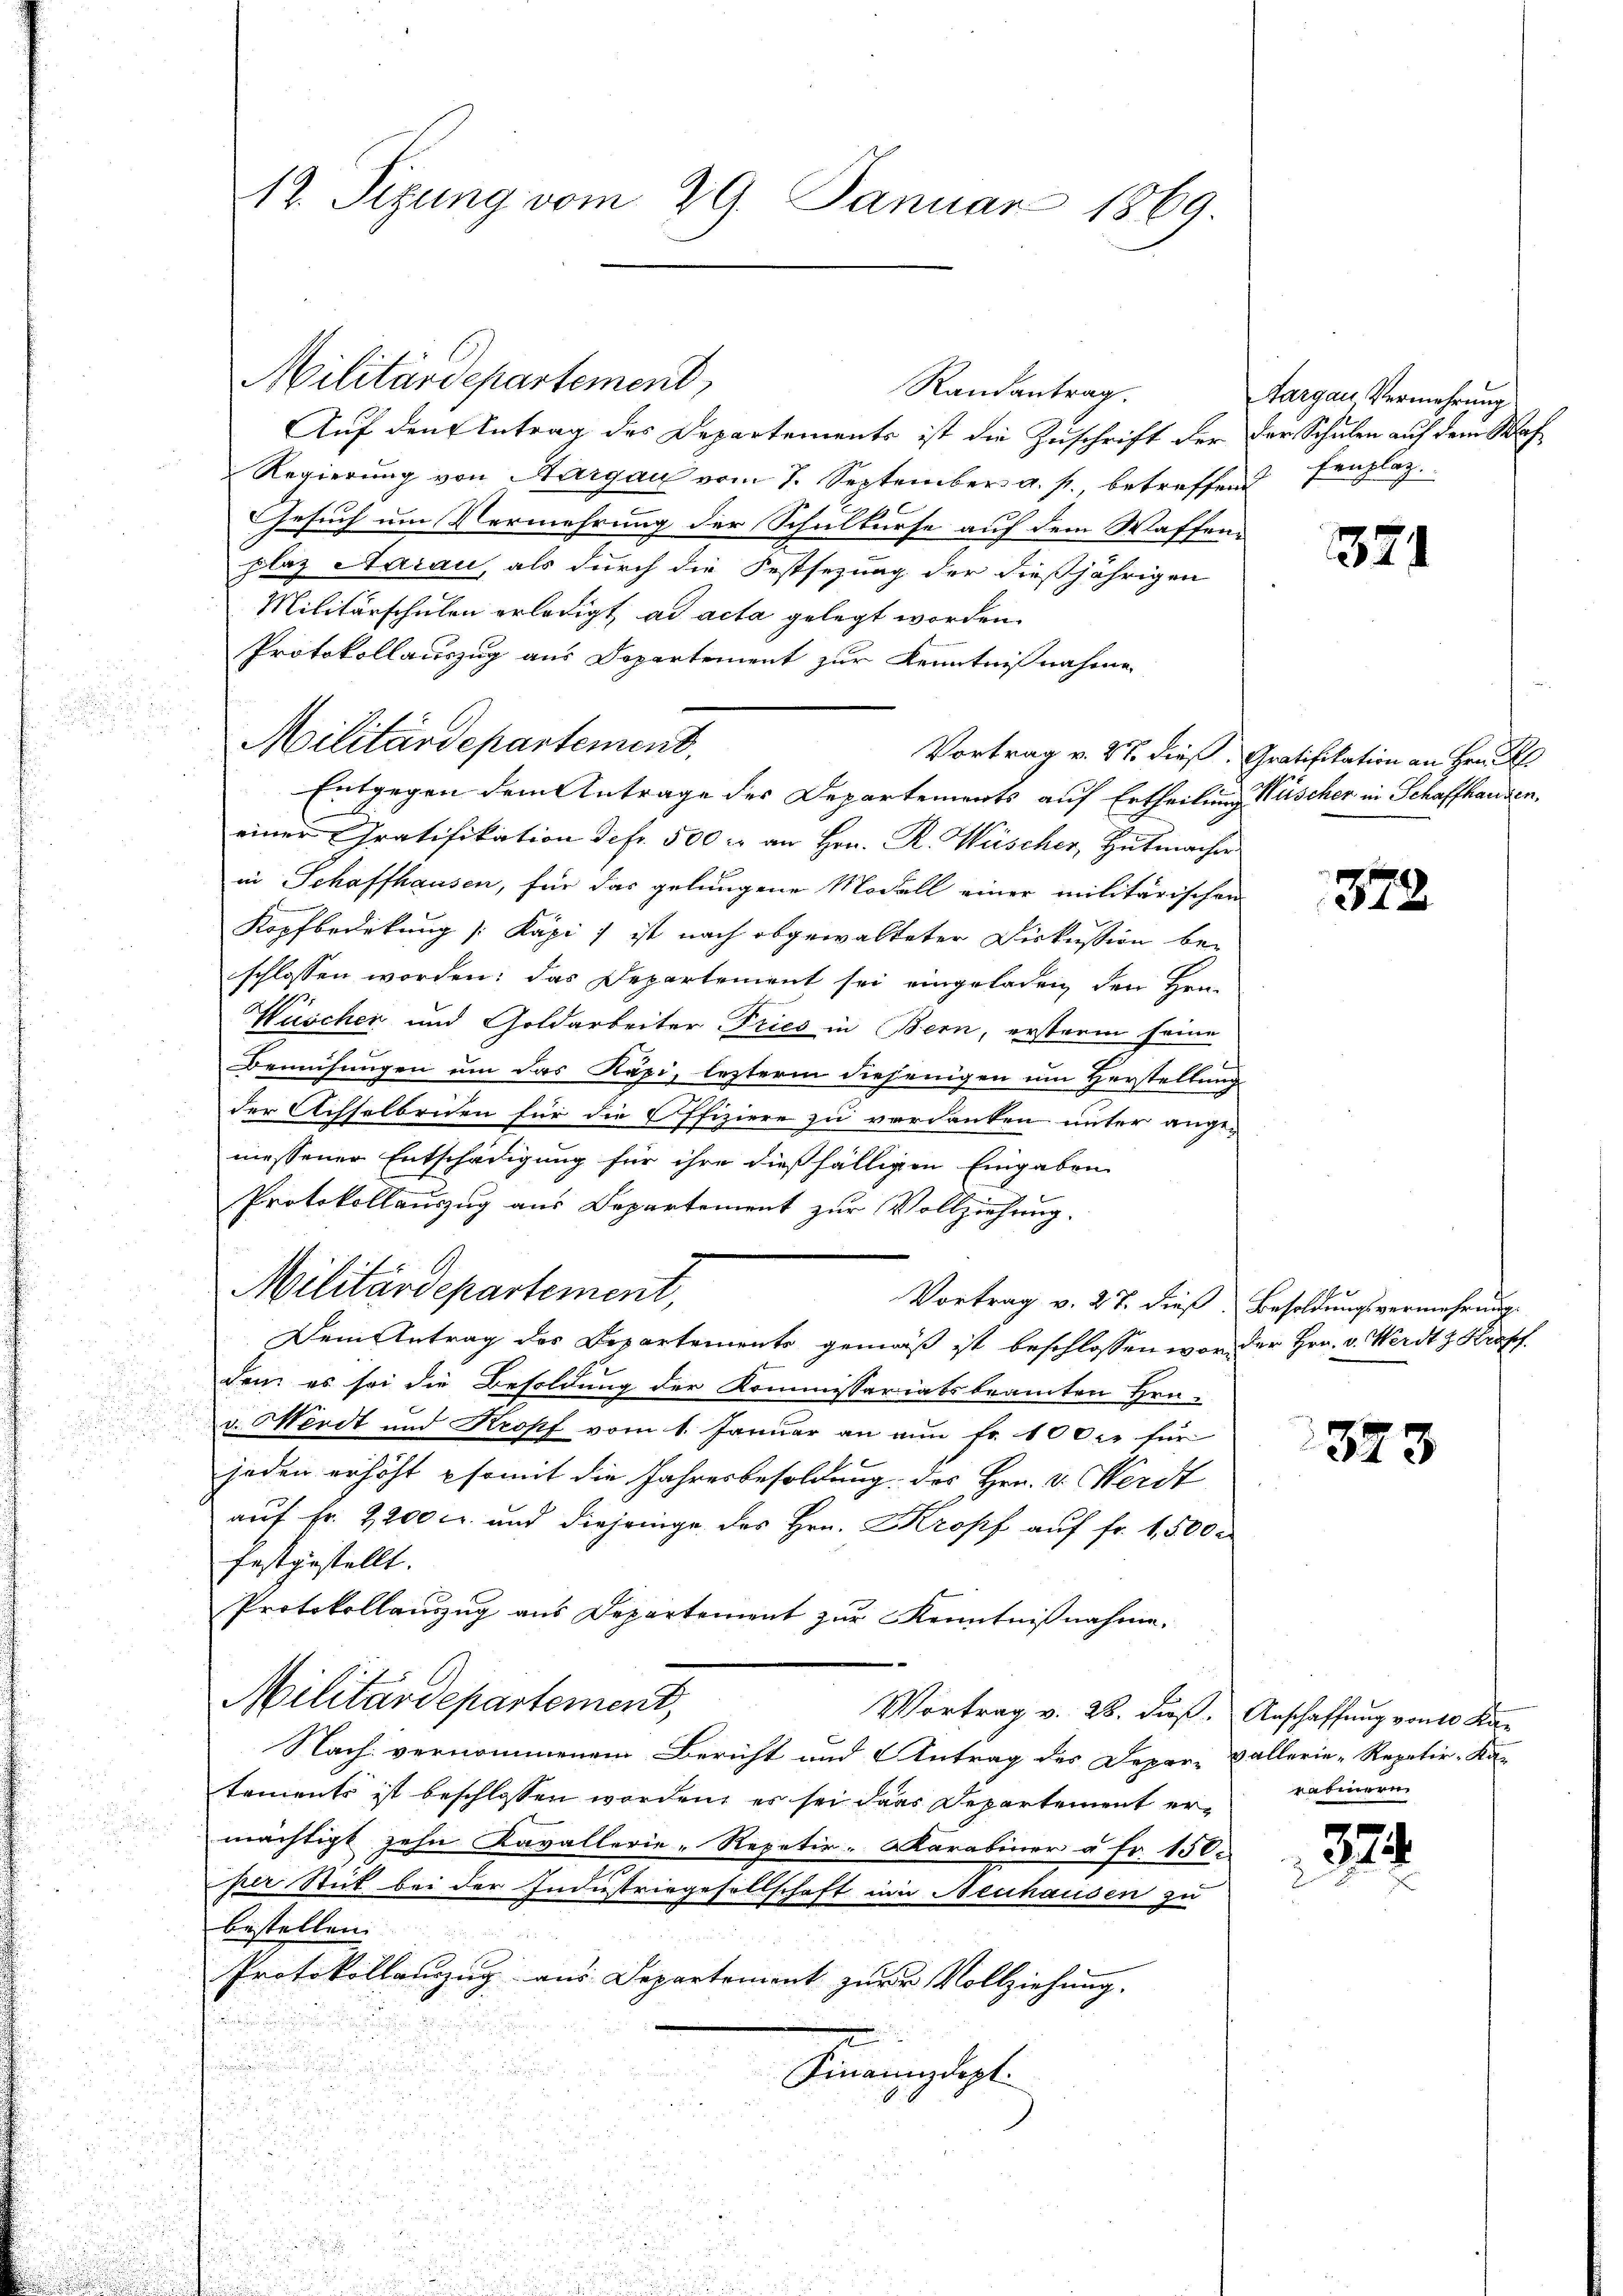
Randantrag.
Auf den Antrag des Departements ist die Zuschrift der der Schulen auf dem Waf¬
Regierung von Aargau vom 7. September a. p., betreffend fenplaz
Gesuch um Vermehrung der Schulkurse auf dem Waffenplaz Aarau, als durch die Festsezung der dießjährigen
Militärschulen erledigt ad acta gelegt worden.
Protokollauszug aus Departement zur Kenntnißnahme
n

.
u
Vortrag v. 27. dieß. Gratifikation an Hrn.
Entgegen dem Antrage des Departements auf Ertheilung Nüscher in Schaffhausen,
einer Gratifikation defr. 500 r. an Hrn. R. Müscher, Hutmacher
in Schaffhausen, für das gelungene Modell einer militärischen
Kopfbedekung [Käpi ) ist nach abgewalteter Diskussion bei
schlossen worden: das Departement sei eingeladen, den Hrn.
Hüscher und Goldarbeiter Tries in Bern, ersterm seine
Bemühungen um das Kapi, lezterm diejenigen um Herstellung
der Achselbeiden für die Offiziere zu verdanken unter ange-
messener Entschädigung für ihre dießfälligen Eingaben
Protokollauszug aus Departement zur Vollziehung.
Militärdepartement,
Vortrag v. 27. dieß Besoldungsvermehrung.
Dem Antrag des Departements gemäß ist beschlossen worden Hrn. v. Werdt z. Kropf
den es sei die Besoldung der Kommissariatsbeamten Hrn.
.

v. Mordt und Kropf vom 1. Januar an ain fr. 100 xr für

jeden erhöht somit die Jahresbesoldung des Hrn. v. Herdt
auf Fr. 2200 Fr. und diejenige des Hrn. Kropf auf fr. 1,500 r
festgestellt.
Protokollauszug aus Departement zur Kenntnißnahme,
Militärdepartement,
Vortrag v. 28. dieß. Anschaffung von 10 Kar
Nach vernommenem Bericht und Antrag des Depar- Ballerie-Repativ-Katements ist beschlossen worden, es sei dass Departement ermächtigt zehn Kavallerie-Repetir-Karabiner u Fr. 150.
per Stick bei der Industriegesellschaft ein Neuhausen zu
bestellen.
Protokollanzŭg aŭs Departement zŭr Vollziehung.

Hineingelegte
.
¬

17. Sizung vom 29. Januar 1869.

Militärdepartement.

Militärdepartement,

Aargau Vermehrung

371

872

323

rabinern

224.